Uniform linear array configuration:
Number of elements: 32
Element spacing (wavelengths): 0.25
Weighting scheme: hann
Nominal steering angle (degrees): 45
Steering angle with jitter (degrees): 46.725
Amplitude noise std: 0.05
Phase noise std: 0.05

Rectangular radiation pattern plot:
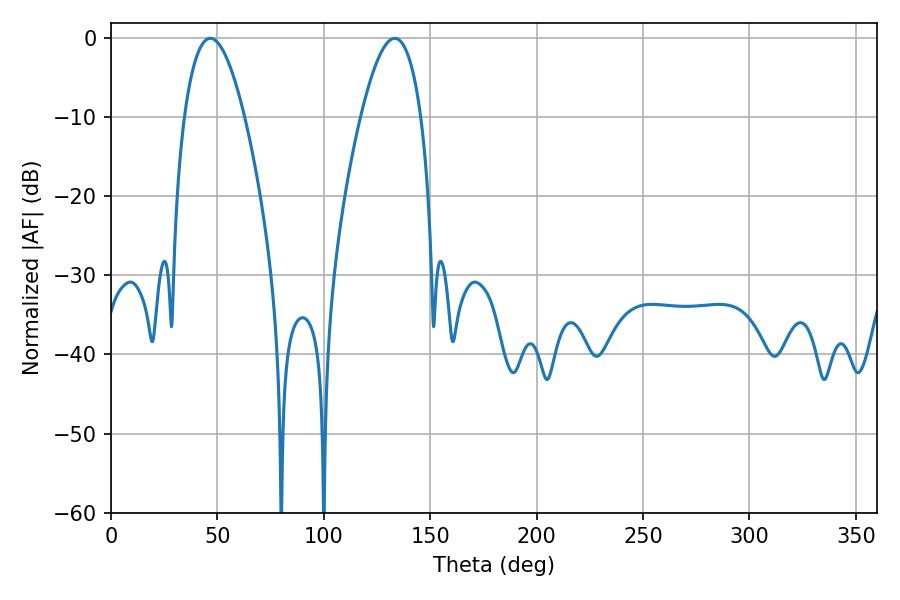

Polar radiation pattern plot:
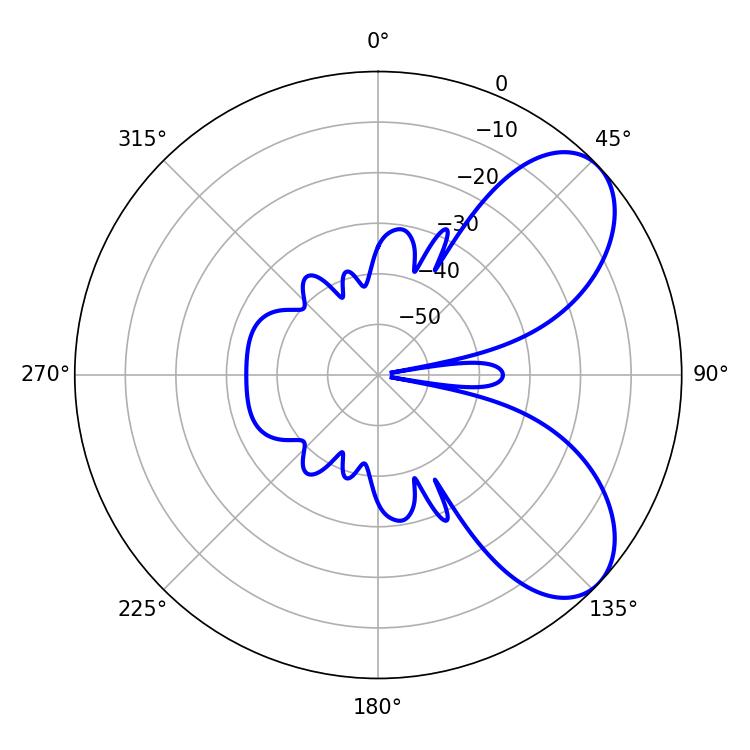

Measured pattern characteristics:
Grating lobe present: FALSE
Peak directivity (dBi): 6.699
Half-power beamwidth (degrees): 15.66
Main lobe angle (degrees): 46.62